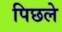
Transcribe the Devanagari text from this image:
पिछले